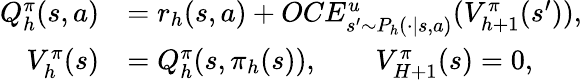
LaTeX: \begin{array}{rl}{Q_{h}^{\pi}(s,a)}&{=r_{h}(s,a)+OCE_{s^{\prime}\sim P_{h}(\cdot\vert s,a)}^{u}(V_{h+1}^{\pi}(s^{\prime})),}\\ {V_{h}^{\pi}(s)}&{=Q_{h}^{\pi}(s,\pi_{h}(s)),\quad\quad V_{H+1}^{\pi}(s)=0,}\end{array}